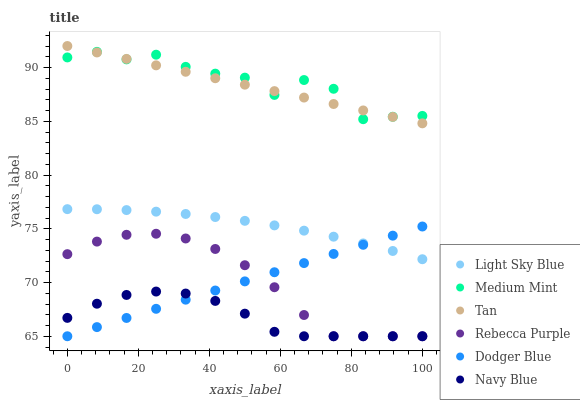
| xaxis_label | Light Sky Blue | Medium Mint | Tan | Rebecca Purple | Dodger Blue | Navy Blue |
 | --- | --- | --- | --- | --- | --- | --- |
 | 0 | 76.8 | 90.9 | 92 | 72.6 | 65 | 66.7 |
 | 8.33 | 76.8 | 91.5 | 91.4 | 73.8 | 65.9 | 68 |
 | 16.7 | 76.7 | 90.8 | 90.8 | 74.4 | 66.7 | 68.8 |
 | 25 | 76.6 | 91.2 | 90.2 | 74.5 | 67.6 | 69.2 |
 | 33.3 | 76.4 | 90.1 | 89.6 | 74.1 | 68.4 | 69 |
 | 41.7 | 76.1 | 89.4 | 89 | 73.1 | 69.3 | 68.3 |
 | 50 | 75.7 | 89.1 | 88.4 | 71.6 | 70.1 | 67.1 |
 | 58.3 | 75.3 | 87.5 | 87.8 | 69.6 | 71 | 65.4 |
 | 66.7 | 74.8 | 88.8 | 87.2 | 67 | 71.8 | 65 |
 | 75 | 74.3 | 88 | 86.6 | 65 | 72.7 | 65 |
 | 83.3 | 73.6 | 85.2 | 86 | 65 | 73.5 | 65 |
 | 91.7 | 72.9 | 85.4 | 85.4 | 65 | 74.4 | 65 |
 | 100 | 72.2 | 85.5 | 84.8 | 65 | 75.2 | 65 |